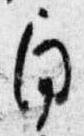
角